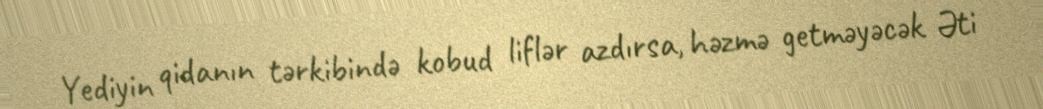
Yediyin qidanın tərkibində kobud liflər azdırsa, həzmə getməyəcək Əti